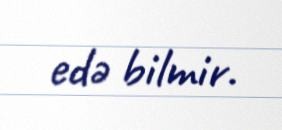
edə bilmir.